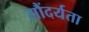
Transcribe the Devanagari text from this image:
सौंदर्यता